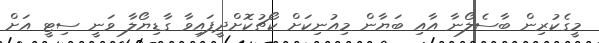
މީގެކުރިން ބާސެލޯނާ އާއި ބަޔާން މިއުނިކަށް ކޯޗުކޮށްދީފައިވާ ގާޑިޔޯލާ ވަނީ ސިޓީ އަށް